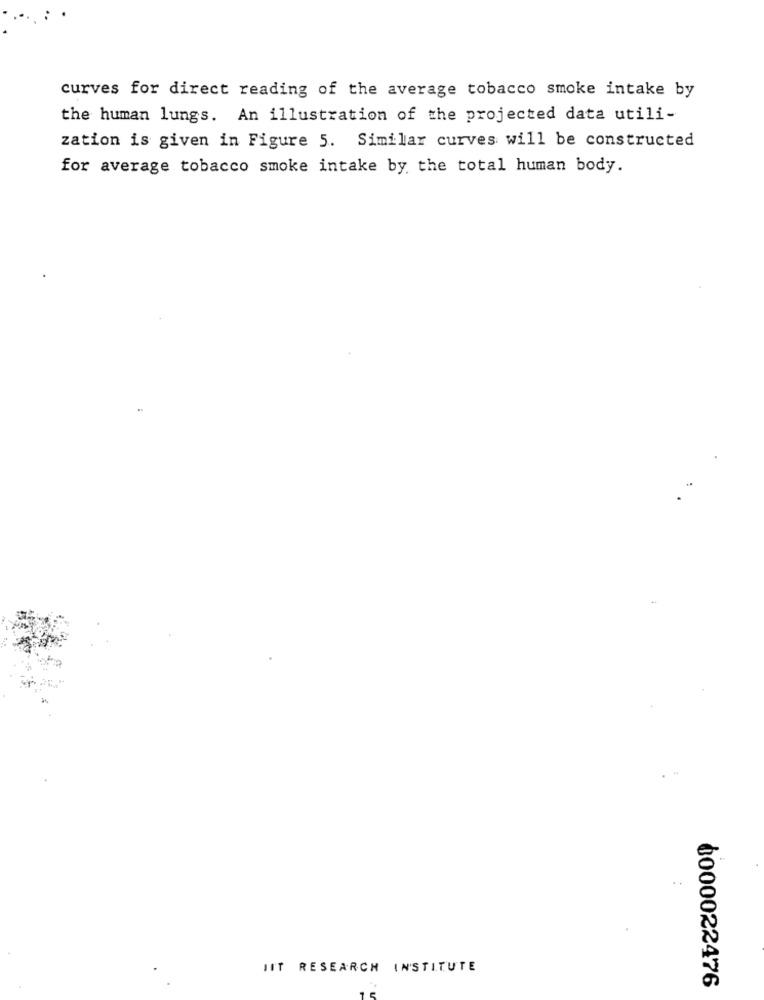
curves for direct reading of the average tobacco smoke intake by
the human lungs. An illustration of the projected data utili-
zation is given in Figure 5. Similar curves will be constructed
for average tobacco smoke intake by the total human body.
..
JIT RESEARCH INSTITUTE
0000022476